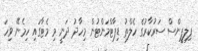
ފިލިޕީންސް ސަރުކާރުގެ ހެލްތު ޑިޕާޓްމަންޓުން މިހާދު ދަނީ މި މެޓާގައި ހިމެނޭ ވިހަ